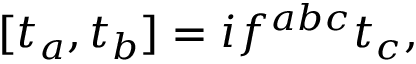
[ t _ { a } , t _ { b } ] = i f ^ { a b c } t _ { c } ,